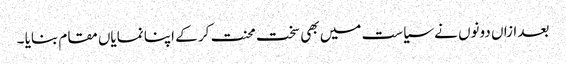
بعد ازاں دونوں نے سیاست میں بھی سخت محنت کر کے اپنا نمایاں مقام بنایا ۔